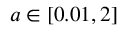
a \in [ 0 . 0 1 , 2 ]